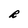
Character: R